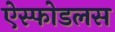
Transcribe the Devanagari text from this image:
ऐस्फोडलस